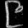
Digit: ၉